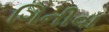
ગિનીવા